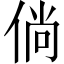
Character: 倘